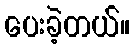
ပေးခဲ့တယ်။